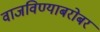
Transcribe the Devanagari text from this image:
वाजविण्याबरोबर